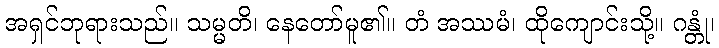
အရှင်ဘုရားသည်။ သမ္မတိ၊ နေတော်မူ၏။ တံ အဿမံ၊ ထိုကျောင်းသို့။ ဂန္တုံ၊